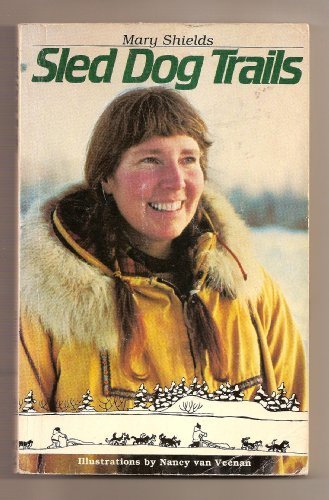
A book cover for Sled Dog Trails; Mary Shields; Sports & Outdoors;